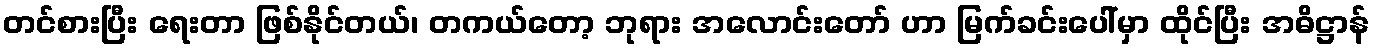
တင်စားပြီး ရေးတာ ဖြစ်နိုင်တယ်၊ တကယ်တော့ ဘုရား အလောင်းတော် ဟာ မြက်ခင်းပေါ်မှာ ထိုင်ပြီး အဓိဋ္ဌာန်